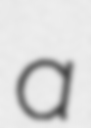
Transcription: a